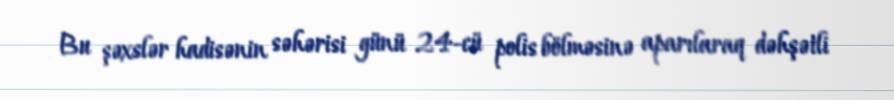
Bu şəxslər hadisənin səhərisi günü 24-cü polis bölməsinə aparılaraq dəhşətli